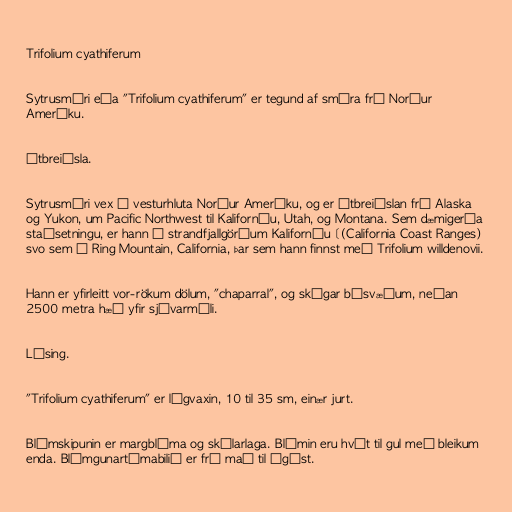
Trifolium cyathiferum

Sytrusmári eða "Trifolium cyathiferum" er tegund af smára frá Norður
Ameríku.

Útbreiðsla.

Sytrusmári vex í vesturhluta Norður Ameríku, og er útbreiðslan frá Alaska
og Yukon, um Pacific Northwest til Kaliforníu, Utah, og Montana. Sem dæmigerða
staðsetningu, er hann á strandfjallgörðum Kaliforníu [(California Coast Ranges)
svo sem á Ring Mountain, California, þar sem hann finnst með Trifolium willdenovii.

Hann er yfirleitt vor-rökum dölum, "chaparral", og skógar búsvæðum, neðan
2500 metra hæð yfir sjávarmáli.

Lýsing.

"Trifolium cyathiferum" er lágvaxin, 10 til 35 sm, einær jurt.

Blómskipunin er margblóma og skálarlaga. Blómin eru hvít til gul með bleikum
enda. Blómgunartímabilið er frá maí til ágúst.